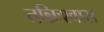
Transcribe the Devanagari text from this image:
तन्निःश्वास